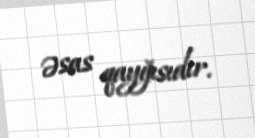
əsas qayğısıdır.